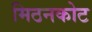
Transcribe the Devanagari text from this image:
मिठनकोट